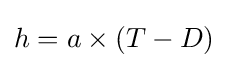
h=a\times (T-D)